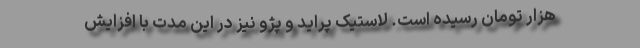
هزار تومان رسیده است. لاستیک پراید و پژو نیز در این مدت با افزایش